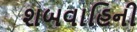
શબવાહિની